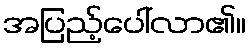
အပြည့်ပေါ်လာ၏။